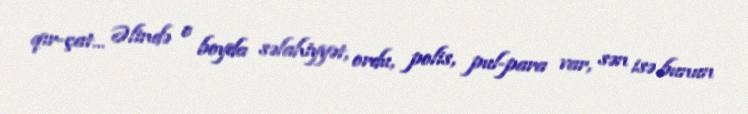
qır-çat... Əlində o boyda səlahiyyət, ordu, polis, pul-para var, sən isə bunun